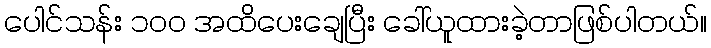
ပေါင်သန်း ၁၀၀ အထိပေးချေပြီး ခေါ်ယူထားခဲ့တာဖြစ်ပါတယ်။